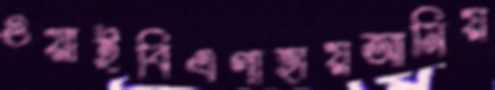
ওয়াইবিএগাহায়আমিয়